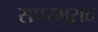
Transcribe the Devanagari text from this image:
सपरमुराद